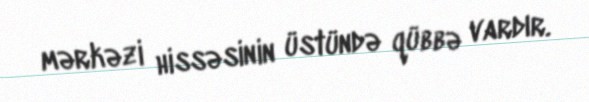
mərkəzi hissəsinin üstündə qübbə vardır.